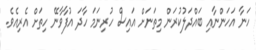
ހަނާ އަހަންނާއި ބައްދަލުކުރަން މިތަނަށް އައިސް ހުރިނަމަ ހާދަ އުފާވާނޭ ހިތަށް އެރިއެވެ.